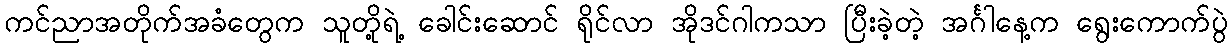
ကင်ညာအတိုက်အခံတွေက သူတို့ရဲ့ ခေါင်းဆောင် ရိုင်လာ အိုဒင်ဂါကသာ ပြီးခဲ့တဲ့ အင်္ဂါနေ့က ရွေးကောက်ပွဲ